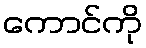
ကောင်ကို